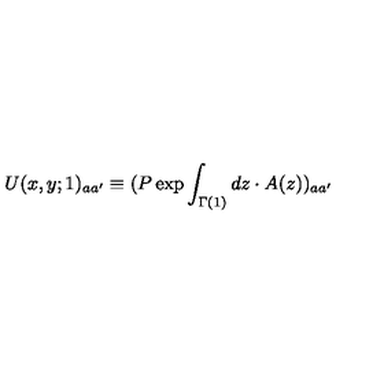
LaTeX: U ( x , y ; 1 ) _ { a a ^ { \prime } } \equiv ( P \exp \int _ { \Gamma ( 1 ) } d z \cdot A ( z ) ) _ { a a ^ { \prime } }